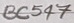
Text: BC547